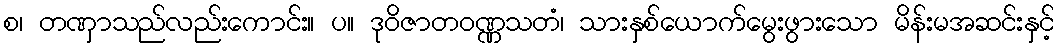
စ၊ တဏှာသည်လည်းကောင်း။ ပ။ ဒုဝိဇာတဝဏ္ဏသတံ၊ သားနှစ်ယောက်မွေးဖွားသော မိန်းမအဆင်းနှင့်